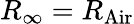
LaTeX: R_{\infty}=R_{\mathrm{{Air}}}